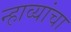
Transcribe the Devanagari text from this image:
न्हाव्यांचा